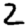
Digit: 2